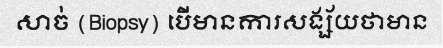
សាច់ (Biopsy) បើមានការសង្ស័យថាមាន